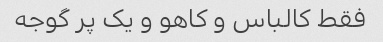
فقط کالباس و کاهو و یک پر گوجه